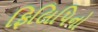
ફિલિપિનો